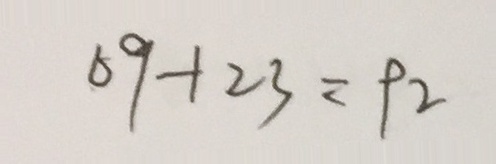
6 9 + 2 3 = 9 2